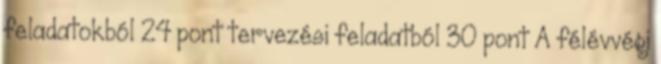
feladatokból 24 pont tervezési feladatból 30 pont A félévvégi